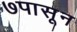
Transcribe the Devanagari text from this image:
७पासून